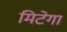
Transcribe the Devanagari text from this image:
मिटेगा